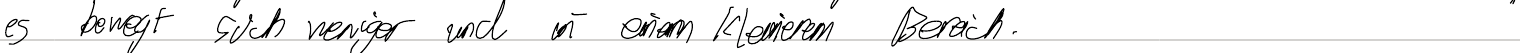
es bewegt sich weniger und in einem kleineren Bereich.